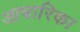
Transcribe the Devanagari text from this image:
आधारिका